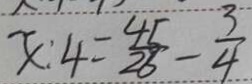
x : 4 = \frac { 4 5 } { 2 6 } - \frac { 3 } { 4 }